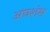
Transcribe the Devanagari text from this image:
अघशंस